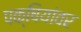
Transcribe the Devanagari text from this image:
पक्षियांवर